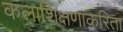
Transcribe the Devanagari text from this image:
कलाशिक्षणाकरिता